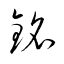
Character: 銘